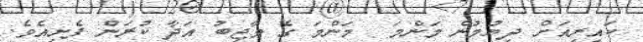
ކައިރިއަށް ދިޔުމުން މަންމަ  މަންމަ ގެ ވާޖިބު އަދާ ކުރަން ފެށިއެވެ.